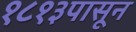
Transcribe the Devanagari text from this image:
१८१३पासून